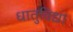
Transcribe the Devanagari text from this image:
धातुविद्या